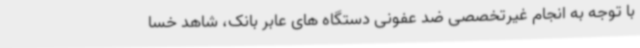
با توجه به انجام غیرتخصصی ضد عفونی دستگاه های عابر بانک، شاهد خسا